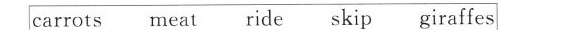
carrots meat ride skil giraffes